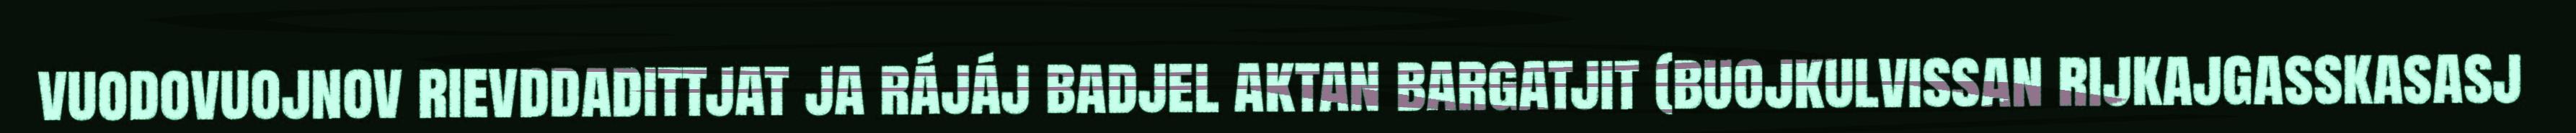
vuodovuojnov rievddadittjat ja rájáj badjel aktan bargatjit (buojkulvissan rijkajgasskasasj